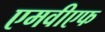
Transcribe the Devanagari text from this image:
एमवीएफ